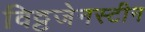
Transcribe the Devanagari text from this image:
विट्टजेनस्टीन